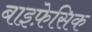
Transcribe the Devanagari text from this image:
बाइफ़ेसिक